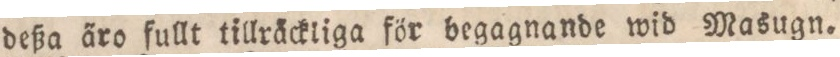
deßa äro fullt tillräckliga för begagnande wid Masugn.